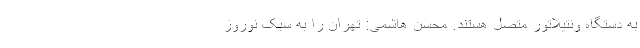
به دستگاه ونتیلاتور متصل هستند. محسن هاشمی: تهران را به سبک نوروز